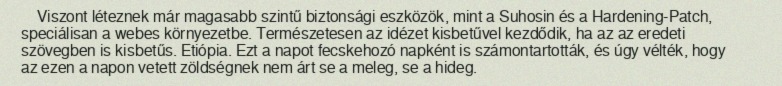
Viszont léteznek már magasabb szintű biztonsági eszközök, mint a Suhosin és a Hardening-Patch, speciálisan a webes környezetbe. Természetesen az idézet kisbetűvel kezdődik, ha az az eredeti szövegben is kisbetűs. Etiópia. Ezt a napot fecskehozó napként is számontartották, és úgy vélték, hogy az ezen a napon vetett zöldségnek nem árt se a meleg, se a hideg.